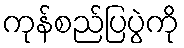
ကုန်စည်ပြပွဲကို